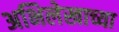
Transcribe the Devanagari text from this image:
अभिलेखाच्या